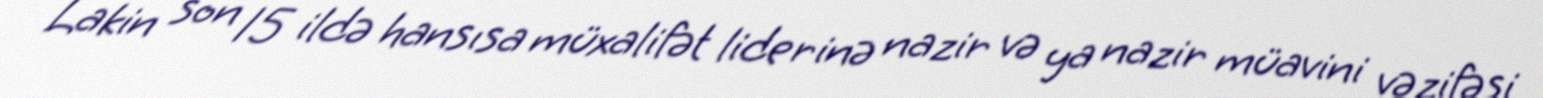
Lakin son 15 ildə hansısa müxalifət liderinə nazir və ya nazir müavini vəzifəsi